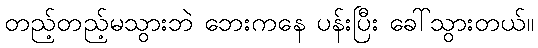
တည့်တည့်မသွားဘဲ ဘေးကနေ ပန်းပြီး ခေါ်သွားတယ်။